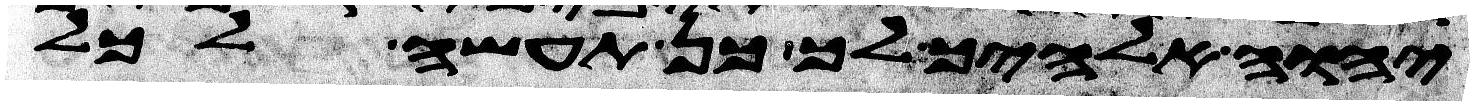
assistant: יהוה אלהיך לך כן תעשה לכל